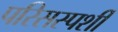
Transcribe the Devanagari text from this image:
परिसस्पर्शी